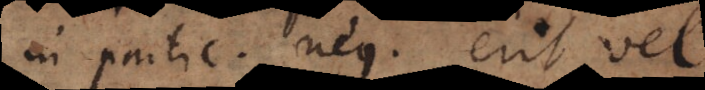
In partic. neg. erit vel